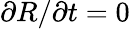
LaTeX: \partial R/\partial t=0